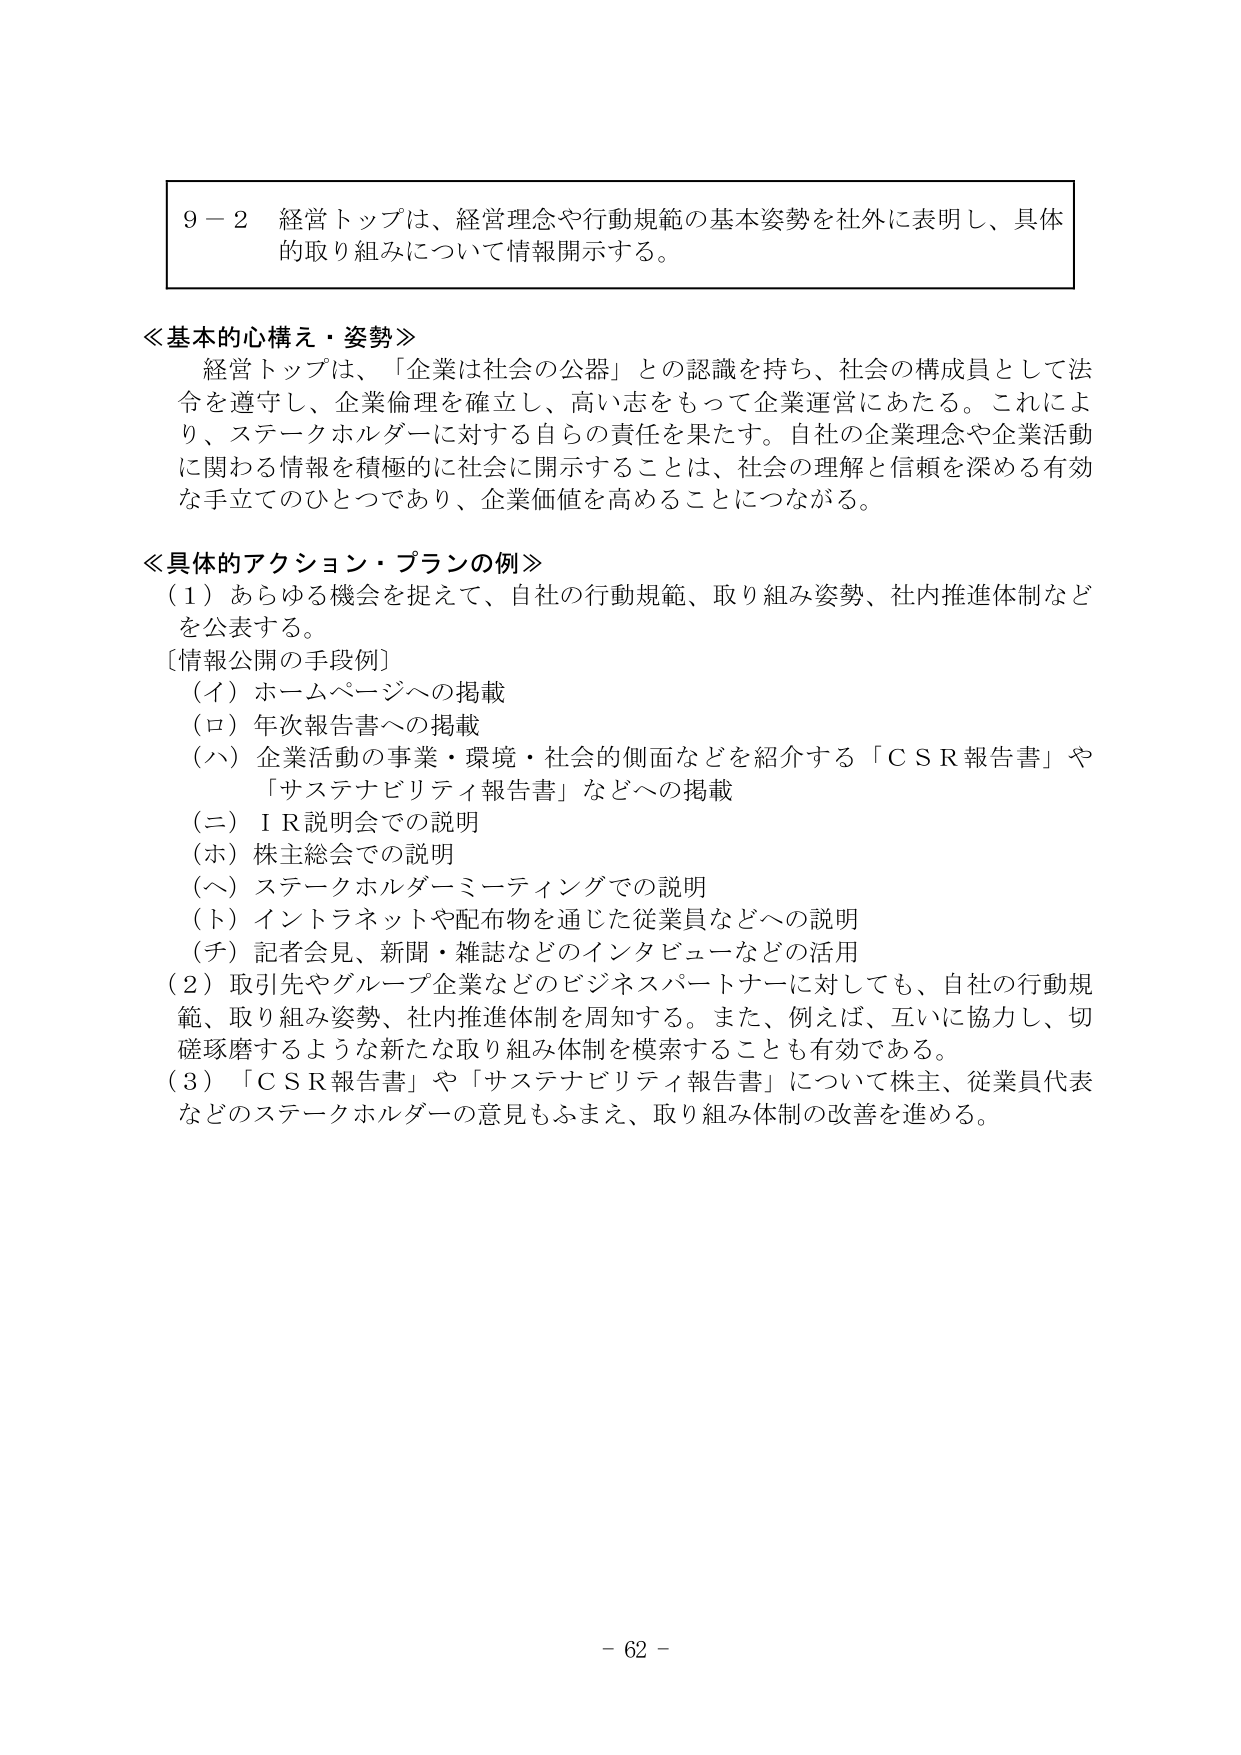
9－2 経営トップは、経営理念や行動規範の基本姿勢を社外に表明し、具体的取り組みについて情報開示する。

≪基本的心構え・姿勢≫
経営トップは、「企業は社会の公器」との認識を持ち、社会の構成員として法令を遵守し、企業倫理を確立し、高い志をもって企業運営にあたる。これにより、ステークホルダーに対する自らの責任を果たす。自社の企業理念や企業活動に関わる情報を積極的に社会に開示することは、社会の理解と信頼を深める有効な手立てのひとつであり、企業価値を高めることにつながる。

≪具体的アクション・プランの例≫
（1）あらゆる機会を捉えて、自社の行動規範、取り組み姿勢、社内推進体制などを公表する。
［情報公開の手段例］
（イ）ホームページへの掲載
（ロ）年次報告書への掲載
（ハ）企業活動の事業・環境・社会的側面などを紹介する「ＣＳＲ報告書」や「サステナビリティ報告書」などへの掲載
（ニ）ＩＲ説明会での説明
（ホ）株主総会での説明
（ヘ）ステークホルダーミーティングでの説明
（ト）イントラネットや配布物を通じた従業員などへの説明
（チ）記者会見、新聞・雑誌などのインタビューなどの活用
（2）取引先やグループ企業などのビジネスパートナーに対しても、自社の行動規範、取り組み姿勢、社内推進体制を周知する。また、例えば、互いに協力し、切磋琢磨するような新たな取り組み体制を模索することも有効である。
（3）「ＣＳＲ報告書」や「サステナビリティ報告書」について株主、従業員代表などのステークホルダーの意見もふまえ、取り組み体制の改善を進める。

－ 62 －